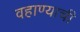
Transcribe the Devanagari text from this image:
वहाण्याची